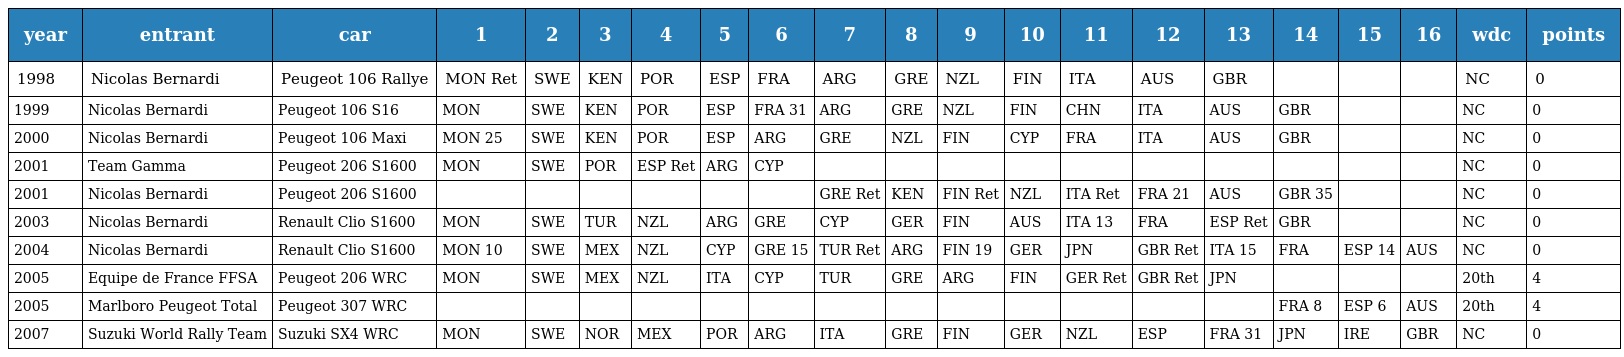
| year | entrant | car | 1 | 2 | 3 | 4 | 5 | 6 | 7 | 8 | 9 | 10 | 11 | 12 | 13 | 14 | 15 | 16 | wdc | points |
 | --- | --- | --- | --- | --- | --- | --- | --- | --- | --- | --- | --- | --- | --- | --- | --- | --- | --- | --- | --- | --- |
 | 1998 | Nicolas Bernardi | Peugeot 106 Rallye | MON Ret | SWE | KEN | POR | ESP | FRA | ARG | GRE | NZL | FIN | ITA | AUS | GBR |  |  |  | NC | 0 |
 | 1999 | Nicolas Bernardi | Peugeot 106 S16 | MON | SWE | KEN | POR | ESP | FRA 31 | ARG | GRE | NZL | FIN | CHN | ITA | AUS | GBR |  |  | NC | 0 |
 | 2000 | Nicolas Bernardi | Peugeot 106 Maxi | MON 25 | SWE | KEN | POR | ESP | ARG | GRE | NZL | FIN | CYP | FRA | ITA | AUS | GBR |  |  | NC | 0 |
 | 2001 | Team Gamma | Peugeot 206 S1600 | MON | SWE | POR | ESP Ret | ARG | CYP |  |  |  |  |  |  |  |  |  |  | NC | 0 |
 | 2001 | Nicolas Bernardi | Peugeot 206 S1600 |  |  |  |  |  |  | GRE Ret | KEN | FIN Ret | NZL | ITA Ret | FRA 21 | AUS | GBR 35 |  |  | NC | 0 |
 | 2003 | Nicolas Bernardi | Renault Clio S1600 | MON | SWE | TUR | NZL | ARG | GRE | CYP | GER | FIN | AUS | ITA 13 | FRA | ESP Ret | GBR |  |  | NC | 0 |
 | 2004 | Nicolas Bernardi | Renault Clio S1600 | MON 10 | SWE | MEX | NZL | CYP | GRE 15 | TUR Ret | ARG | FIN 19 | GER | JPN | GBR Ret | ITA 15 | FRA | ESP 14 | AUS | NC | 0 |
 | 2005 | Equipe de France FFSA | Peugeot 206 WRC | MON | SWE | MEX | NZL | ITA | CYP | TUR | GRE | ARG | FIN | GER Ret | GBR Ret | JPN |  |  |  | 20th | 4 |
 | 2005 | Marlboro Peugeot Total | Peugeot 307 WRC |  |  |  |  |  |  |  |  |  |  |  |  |  | FRA 8 | ESP 6 | AUS | 20th | 4 |
 | 2007 | Suzuki World Rally Team | Suzuki SX4 WRC | MON | SWE | NOR | MEX | POR | ARG | ITA | GRE | FIN | GER | NZL | ESP | FRA 31 | JPN | IRE | GBR | NC | 0 |